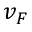
v _ { F }